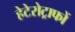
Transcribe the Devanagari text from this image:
हेटेरोट्राफों